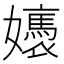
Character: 㜵